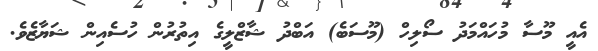
އެއީ މޫސާ މުހައްމަދު ސޯލިހް (މޫސަބެ) އަބްދު ޝާޒްލީގެ އިތުރުން ހުސެއިން ޝަޔާޒެވެ.